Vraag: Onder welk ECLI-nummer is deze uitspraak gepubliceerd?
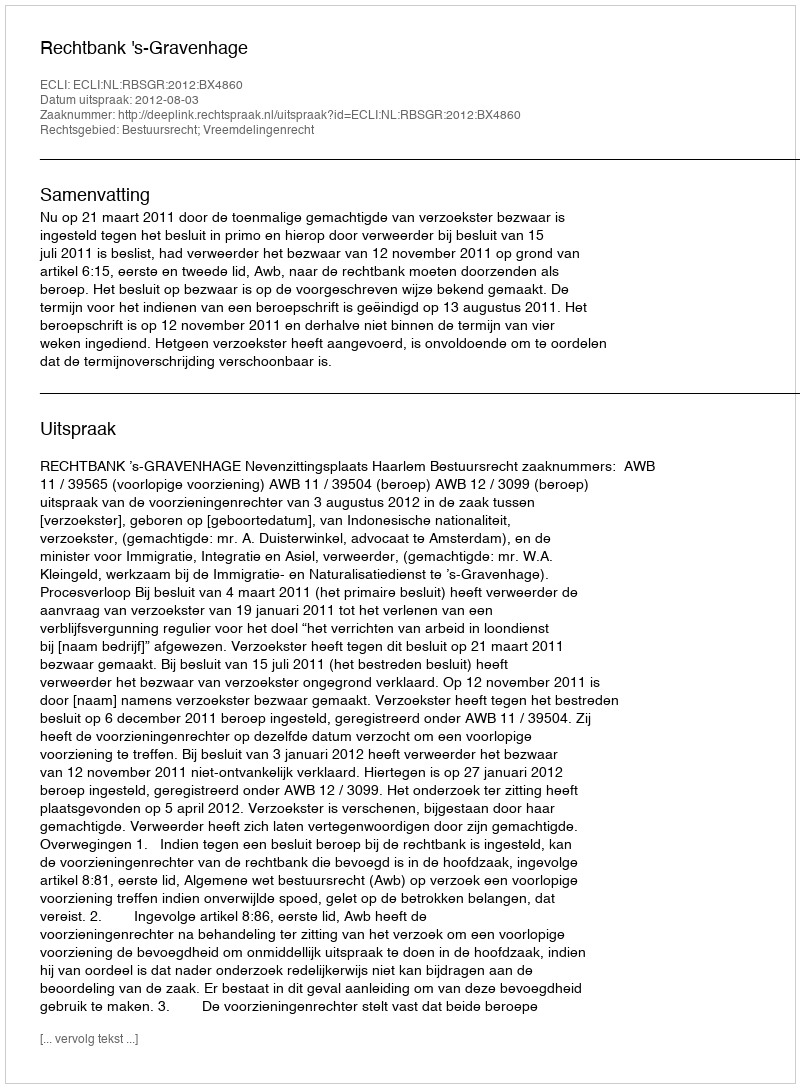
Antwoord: ECLI:NL:RBSGR:2012:BX4860